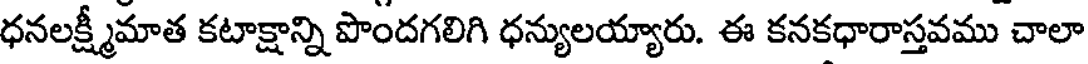
ధనలక్ష్మీమాత కటాక్షాన్ని పొందగలిగి ధన్యులయ్యారు. ఈ కనకధారాస్తవము చాలా